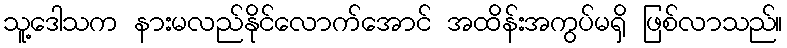
သူ့ဒေါသက နားမလည်နိုင်လောက်အောင် အထိန်းအကွပ်မရှိ ဖြစ်လာသည်။